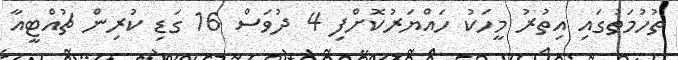
ތުހުމަތުގައި އިތުރު މީހަކު ހައްޔަރުކޮށްފި 4 ދުވަސް 16 ގަޑި ކުރިން ޗުއްޓީއާ